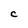
Character: C